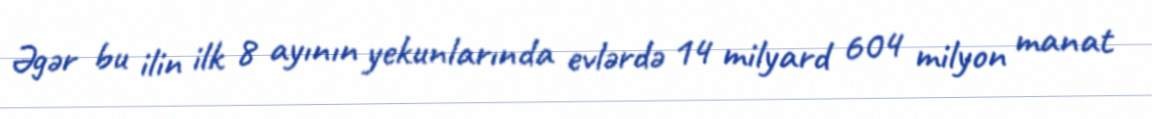
Əgər bu ilin ilk 8 ayının yekunlarında evlərdə 14 milyard 604 milyon manat